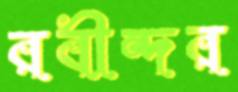
রবীন্দর